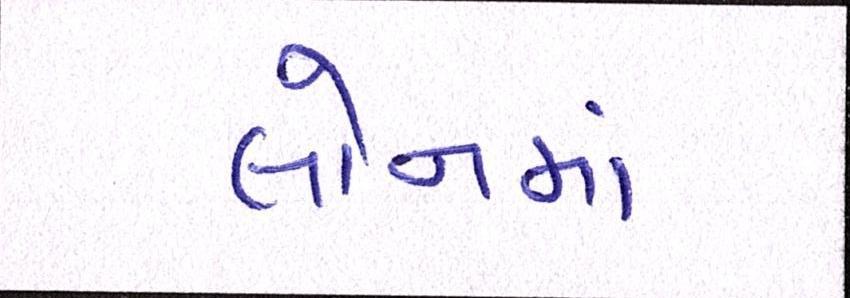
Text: લોનમાં